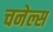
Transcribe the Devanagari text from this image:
चनेल्स